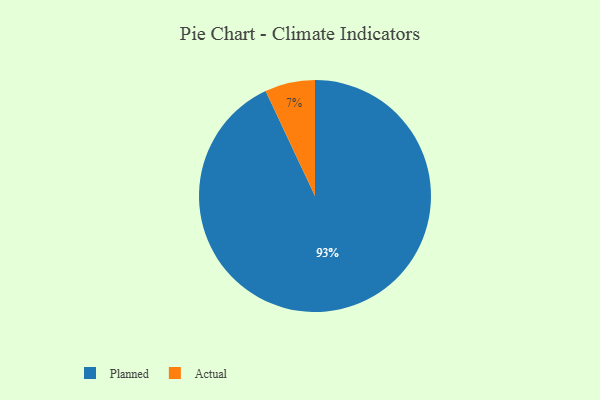
{"axis": {"x": "Category", "y": "Percentage"}, "legend": ["Actual", "Planned"], "data": [{"x": "Actual", "y": 7, "type": "Actual"}, {"x": "Planned", "y": 93, "type": "Planned"}]}